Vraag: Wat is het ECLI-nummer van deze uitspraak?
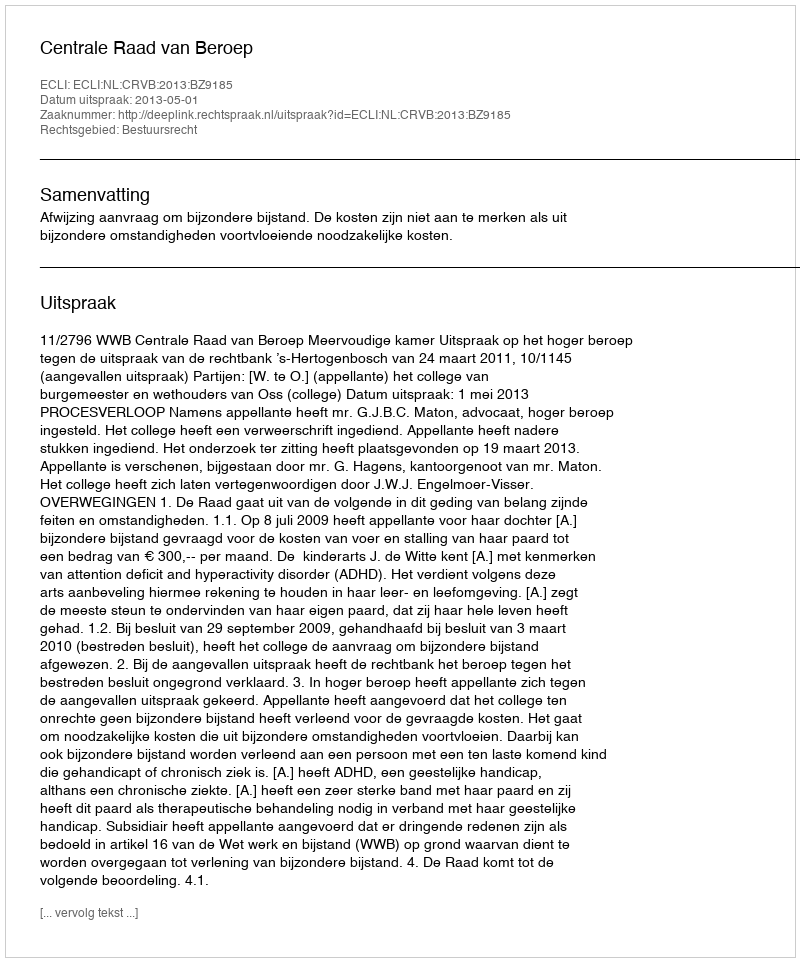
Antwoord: ECLI:NL:CRVB:2013:BZ9185